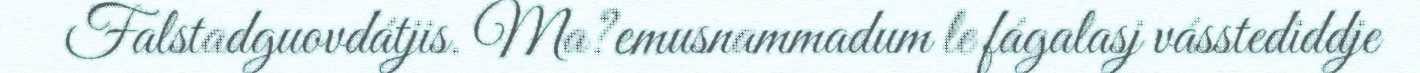
Falstadguovdátjis. Ma?emusnammadum le fágalasj vásstediddje